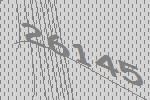
26145